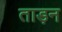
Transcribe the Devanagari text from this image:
ताड़न